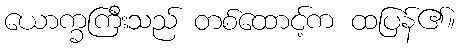
ယောက္ခကြီးသည် တစ်ထောင့်က ထပြန်၏။